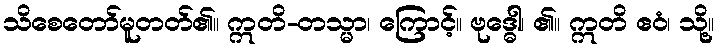
သိစေတော်မူတတ်၏။ ဣတိ-တသ္မာ၊ ကြောင့်။ ဗုဒ္ဓေါ၊ ၏။ ဣတိ ဧဝံ၊ သို့။